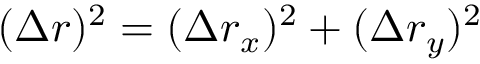
( \Delta r ) ^ { 2 } = ( \Delta r _ { x } ) ^ { 2 } + ( \Delta r _ { y } ) ^ { 2 }